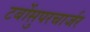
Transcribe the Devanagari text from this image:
टर्बोसुपरचार्जर